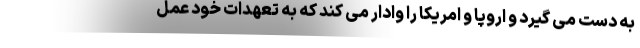
به دست می گیرد و اروپا و امریکا را وادار می کند که به تعهدات خود عمل